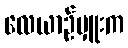
လေယာဉ်မှူးက